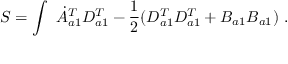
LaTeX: S = \int \ \dot { A } _ { a 1 } ^ { T } D _ { a 1 } ^ { T } - \frac { 1 } { 2 } ( D _ { a 1 } ^ { T } D _ { a 1 } ^ { T } + B _ { a 1 } B _ { a 1 } ) \ .